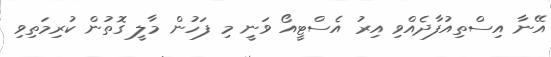
އޭނާ އިސްތިއުފާދެއްވި އިރު އެސްޓީއޯ ވަނީ މި ފަހުން މާލީ ގޮތުން ކުރިމަތިވި